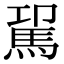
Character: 𩢗